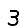
Digit: 3